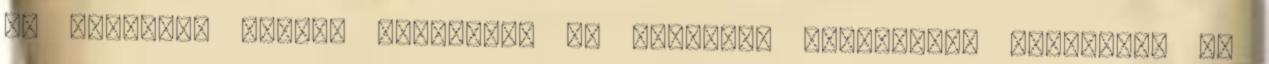
az elnökünk nagyon optimista és pozitív. Rengeteget dolgozott az